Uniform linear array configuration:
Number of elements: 12
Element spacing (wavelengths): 0.5
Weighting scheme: hamming
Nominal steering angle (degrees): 60
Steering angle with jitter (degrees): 61.402
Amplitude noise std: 0.05
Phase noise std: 0.05

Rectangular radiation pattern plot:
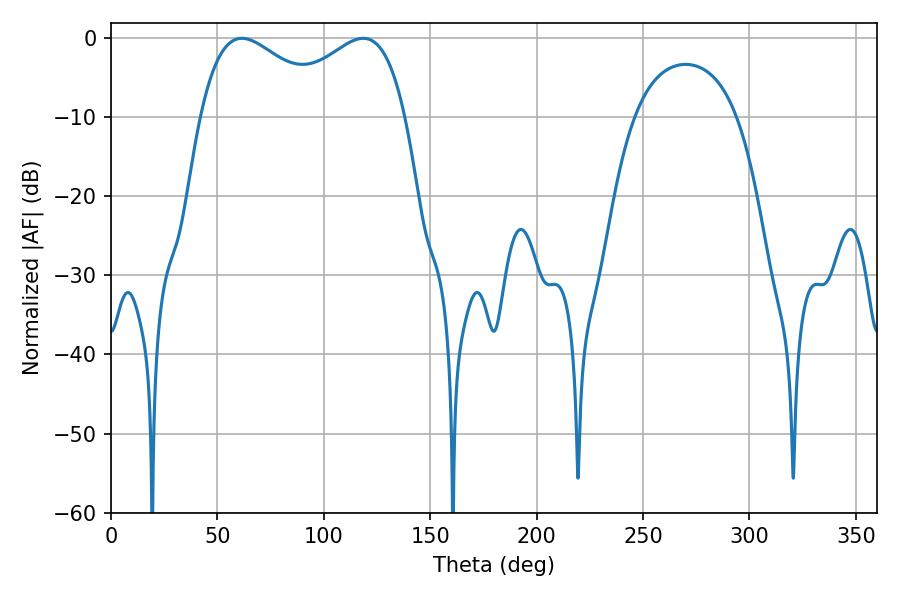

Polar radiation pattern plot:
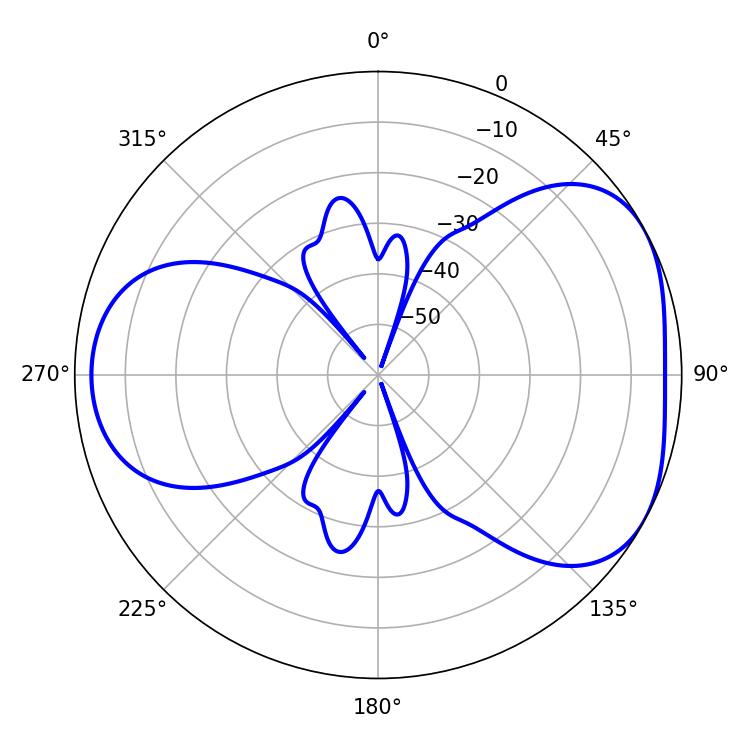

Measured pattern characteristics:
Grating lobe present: FALSE
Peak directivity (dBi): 4.439
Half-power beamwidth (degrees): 34.38
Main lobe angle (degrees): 61.56